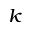
_ k